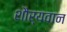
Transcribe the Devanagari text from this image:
शौर्यवान